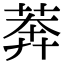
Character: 莾